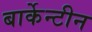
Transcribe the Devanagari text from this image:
बार्केन्टीन